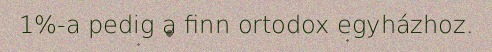
1%-a pedig a finn ortodox egyházhoz.